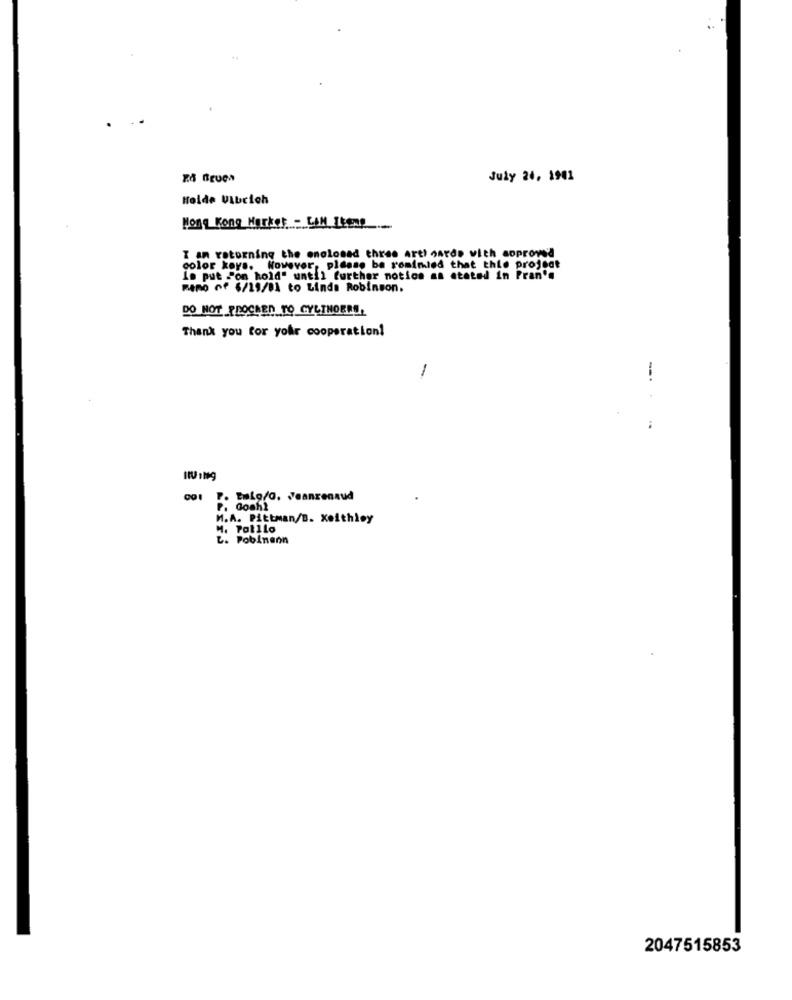
July 24, 1901
Holde Vibcich
Hong Kong Market - LIN Iteng
I am returning the enclosed three aret cards with approved
color keys. However, please be romfried that this project
Is put "on hold" until further notice as stated in Pran's
RARO nº 6/19/01 to Linda Robinson.
DO NOT PROCEED TO CYLTHOERS,
Thank you for your cooperation!
-
-.
001 P. EnLa/a. Jeanrenaud
P. Gosh?
M.A. Pittman/B. Keithley
M. Polllo
L. Pobinenn
2047515853